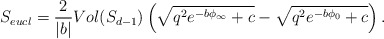
\begin{align*}S_{eucl}={2\over |b|} Vol(S_{d-1})\left(\sqrt{q^2 e^{-b\phi_\infty}+c}- \sqrt{q^2 e^{-b\phi_0}+c}\right) . \end{align*}